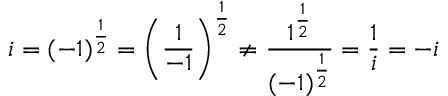
i = ( - 1 ) ^ { \frac { 1 } { 2 } } = \left( { \frac { 1 } { - 1 } } \right) ^ { \frac { 1 } { 2 } } \not = { \frac { 1 ^ { \frac { 1 } { 2 } } } { ( - 1 ) ^ { \frac { 1 } { 2 } } } } = { \frac { 1 } { i } } = - i